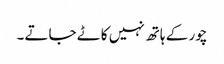
چور کے ہاتھ نہیں کاٹے جاتے۔